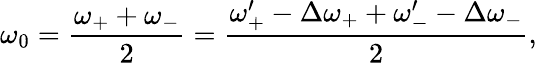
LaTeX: \omega_{0}=\frac{\omega_{+}+\omega_{-}}{2}=\frac{\omega_{+}^{\prime}-\Delta\omega_{+}+\omega_{-}^{\prime}-\Delta\omega_{-}}{2},